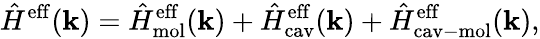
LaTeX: \hat{H}^{\mathrm{eff}}(\mathbf{k})=\hat{H}_{\mathrm{mol}}^{\mathrm{eff}}(\mathbf{k})+\hat{H}_{\mathrm{cav}}^{\mathrm{eff}}(\mathbf{k})+\hat{H}_{\mathrm{cav-mol}}^{\mathrm{eff}}(\mathbf{k}),